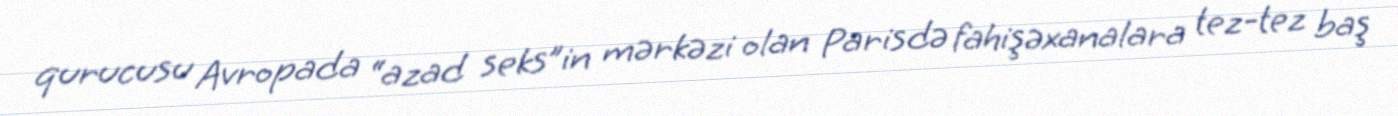
qurucusu Avropada “azad seks”in mərkəzi olan Parisdə fahişəxanalara tez-tez baş